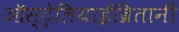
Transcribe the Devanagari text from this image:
ऑस्ट्रेलियाईब्रितानी